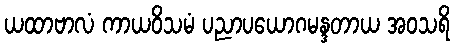
ယထာဗာလံ ကာယဝိသမံ ပညာပယောဂမန္ဒတာယ အဝသရိ